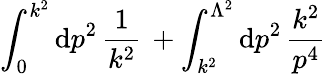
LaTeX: \int_{0}^{k^{2}}\mathrm{d}p^{2}\, \frac{1}{k^{2}}\, +\int_{k^{2}}^{\Lambda^{2}}\mathrm{d}p^{2}\, \frac{k^{2}}{p^{4}}